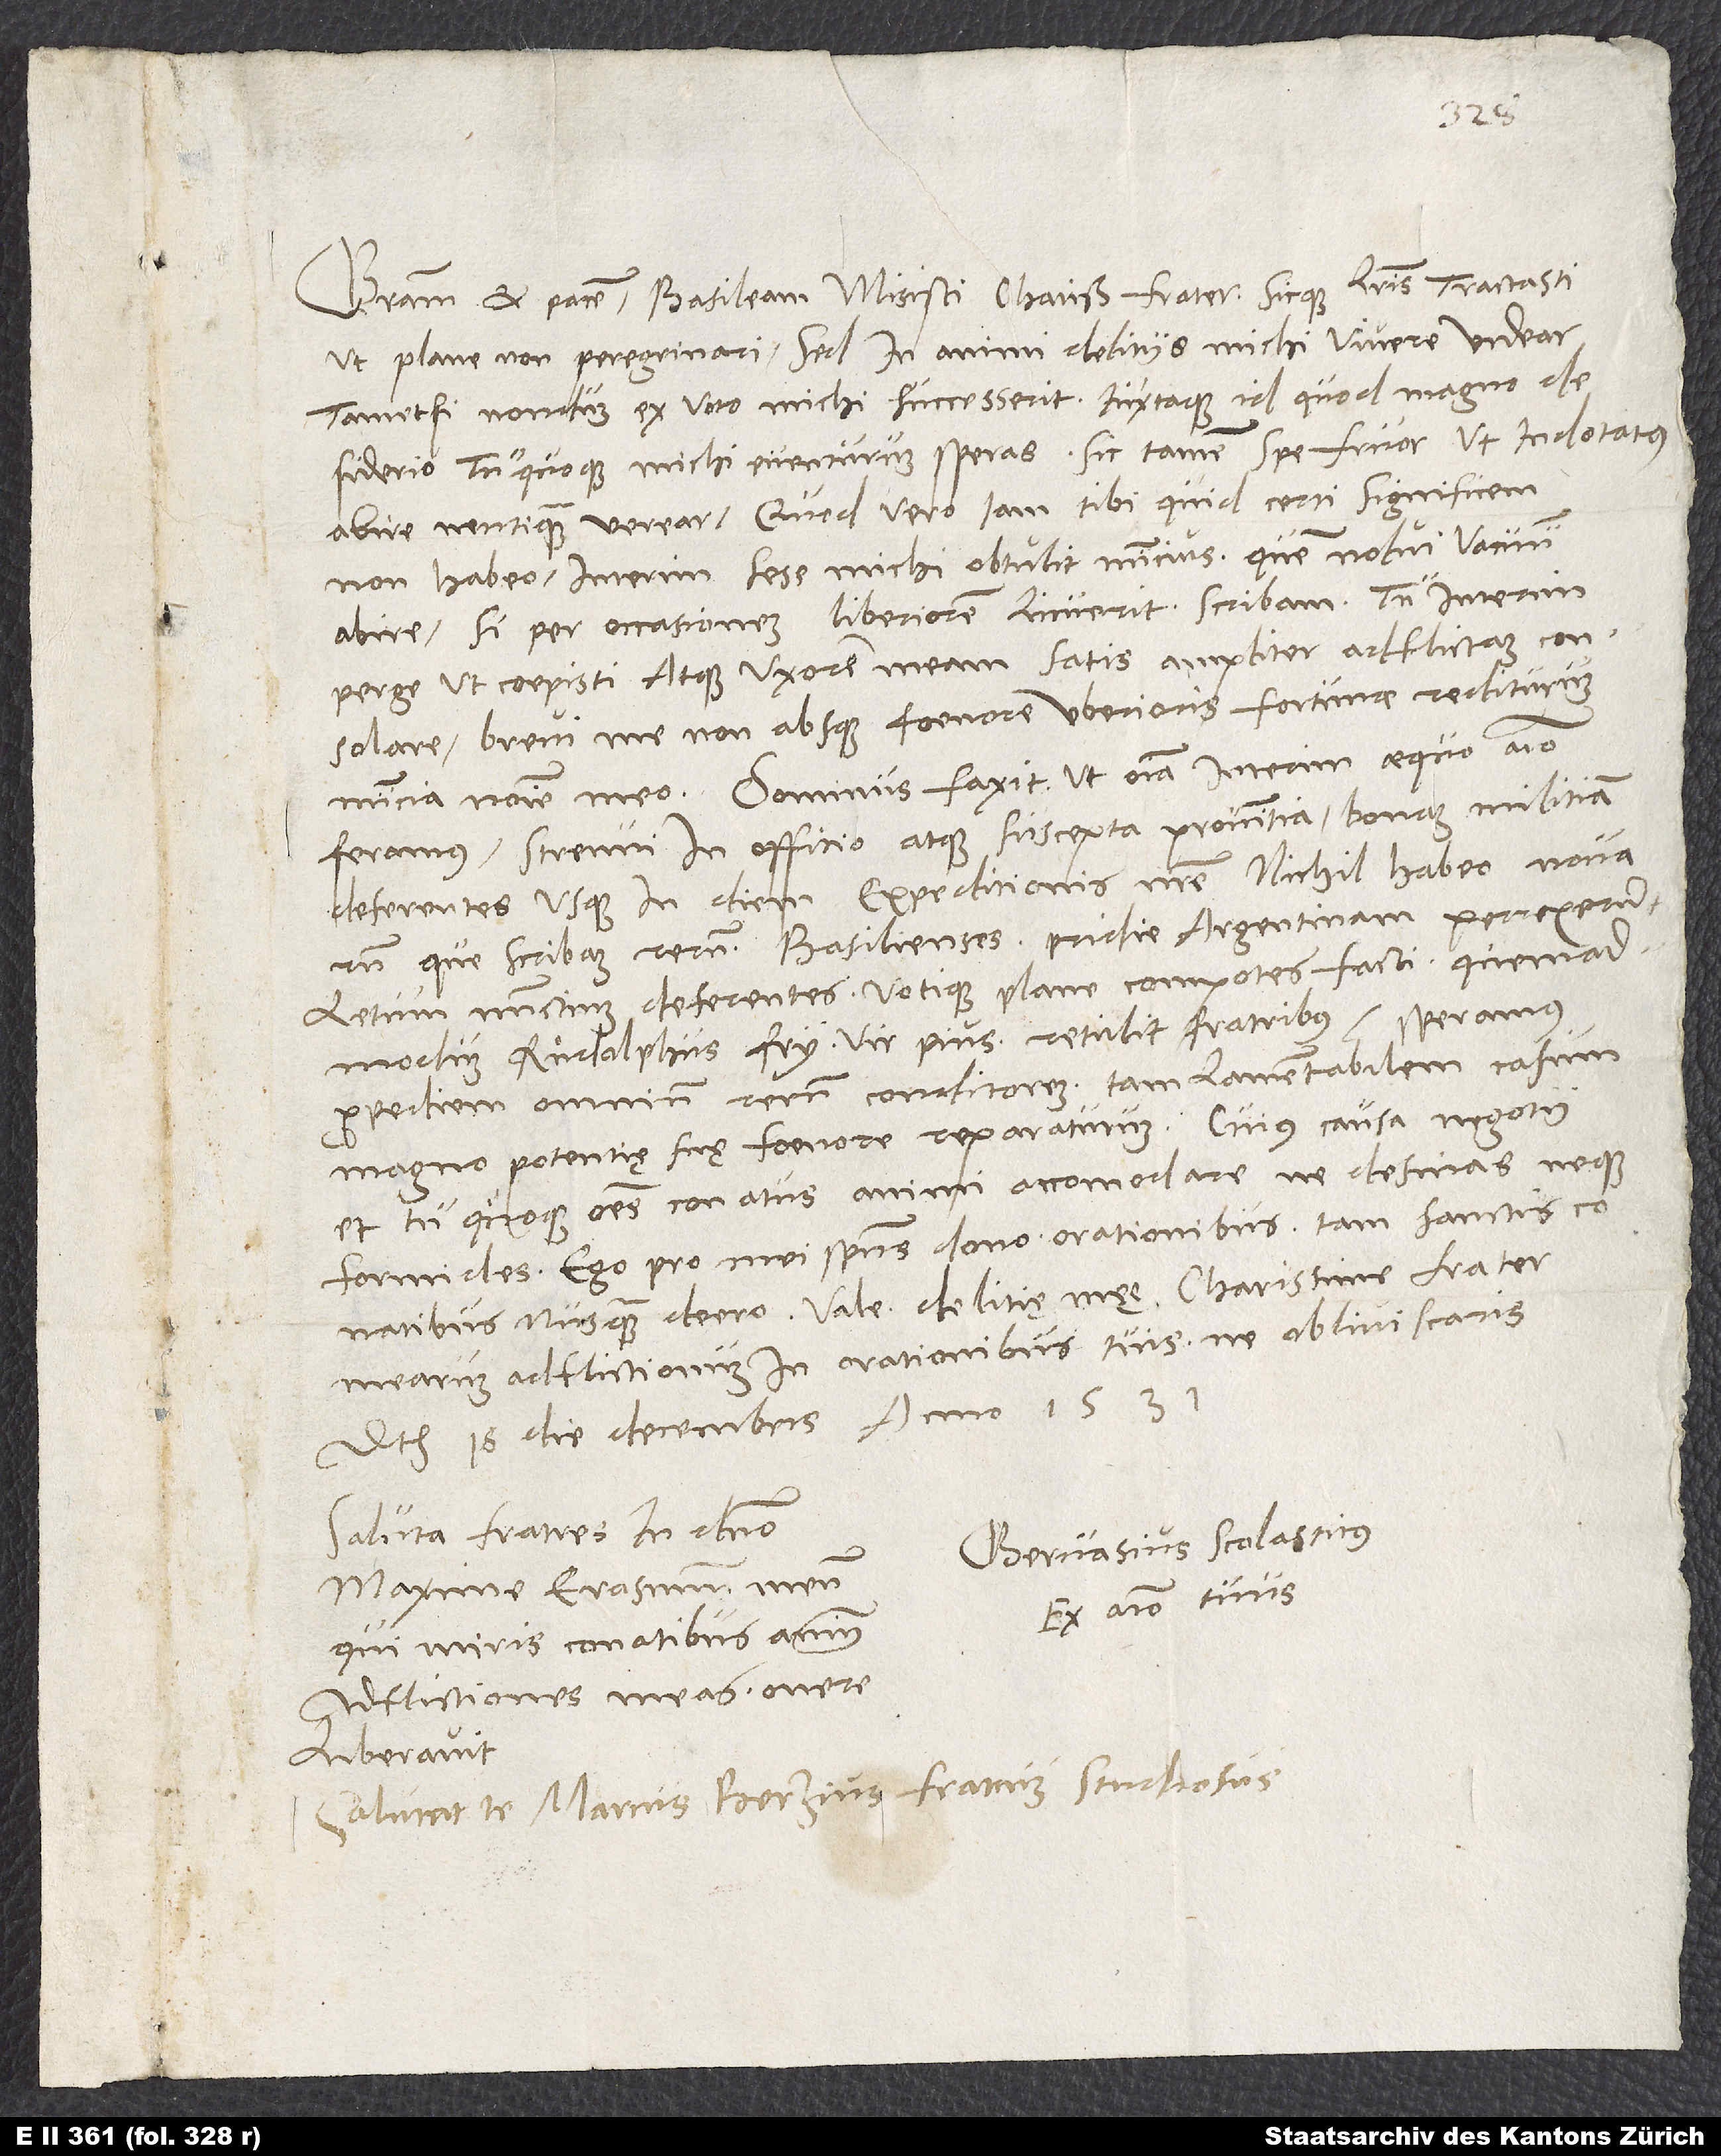
Gratiam et pacem. Basileam misisti, charissime frater, sicque litteris tractasti,
ut plane non peregrinari, sed in animi delitiis michi vivere videar,
tametsi nondum ex voto michi successerit iuxtaque id, quod magno
desiderio tu quoque michi eventurum speras. Sic tamen spe fruor, ut indotatus
abire neutiquam verear. Quod vero iam tibi quid certi significem,
non habeo. Interim sese michi obtulit nuncius quem nolui vacuum
abire; si per occasionem liberiorem licuerit, scribam. Tu interim
perge, ut coepisti, atque uxorem meam satis ampliter adflictam consolare;
brevi me non absque foenore uberioris fortunae rediturum
nuncia nomine meo. Dominus faxit, ut omnia interim aequo animo
feramus, strenui in offitio atque suscepta provintia, bonam militiam
deferentes usque in diem expeditionis nostre. Nichil habeo novarum,
que scribam rerum. Basilienses pridie Argentinam perrexerunt,
letum nuncium deferentes votique plane compotes facti, quemadmodum
Ruͤdolphus Fry, vir pius, retulit fratribus. Speramus
propediem omnium rerum conditorem tam lamentabilem casum
magno potentie sue foenore reparaturum. Cuius causa negotii
et tu quoque omnes conatus animi accomodare ne desinas neque
formides. Ego pro mei spiritus dono orationibus tam sanctis
conatibus numquam deero. Vale, delitie mee , charissime frater,
mearum adflictionum in orationibus tuis ne obliviscaris.
Datum 18. die decembris anno 1531.
Saluta fratres in Christo,
Gervasius Scolasticus,
maxime Erasmum meum,
ex animo tuus.
qui miris conatibus animi
adflictiones meas onere
liberavit.
Salutat te Marcus Berzius fratrum studiosus.